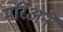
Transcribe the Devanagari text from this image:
मरिअने